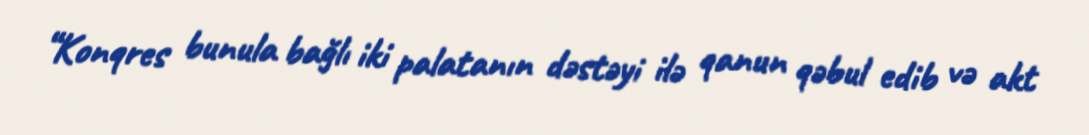
“Konqres bunula bağlı iki palatanın dəstəyi ilə qanun qəbul edib və akt